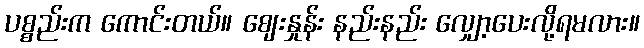
ပစ္စည်းက ကောင်းတယ်။ ဈေးနှုန်း နည်းနည်း လျှော့ပေးလို့ရမလား။